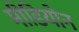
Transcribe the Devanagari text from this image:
मीडियोन